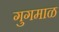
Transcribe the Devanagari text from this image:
गुगमाळ